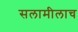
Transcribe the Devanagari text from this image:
सलामीलाच